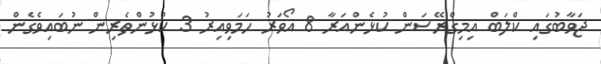
ޖަވާބުގައި ކްލަބް އިމިގްރޭސަން ކުޅެންއަރާ 8 އޯވަރު ހަމަވިއިރު 3 ކުޅުންތެރިން ނުބައިވެގެން